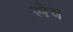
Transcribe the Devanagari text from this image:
सेष